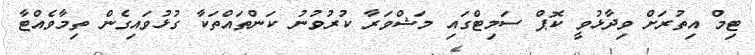
ޓިމް އިތުރަށް ވިދާޅުވީ ކޮޕް ސަމިޓްގައި މަޝްވަރާ ކުރުވުނު ކަންތައްތަކާ ގުޅުވައިގެން ތިމާވެއްޓާ